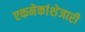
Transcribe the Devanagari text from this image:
एकमेकांशेजारी